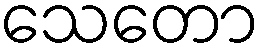
သေတော